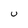
Character: U